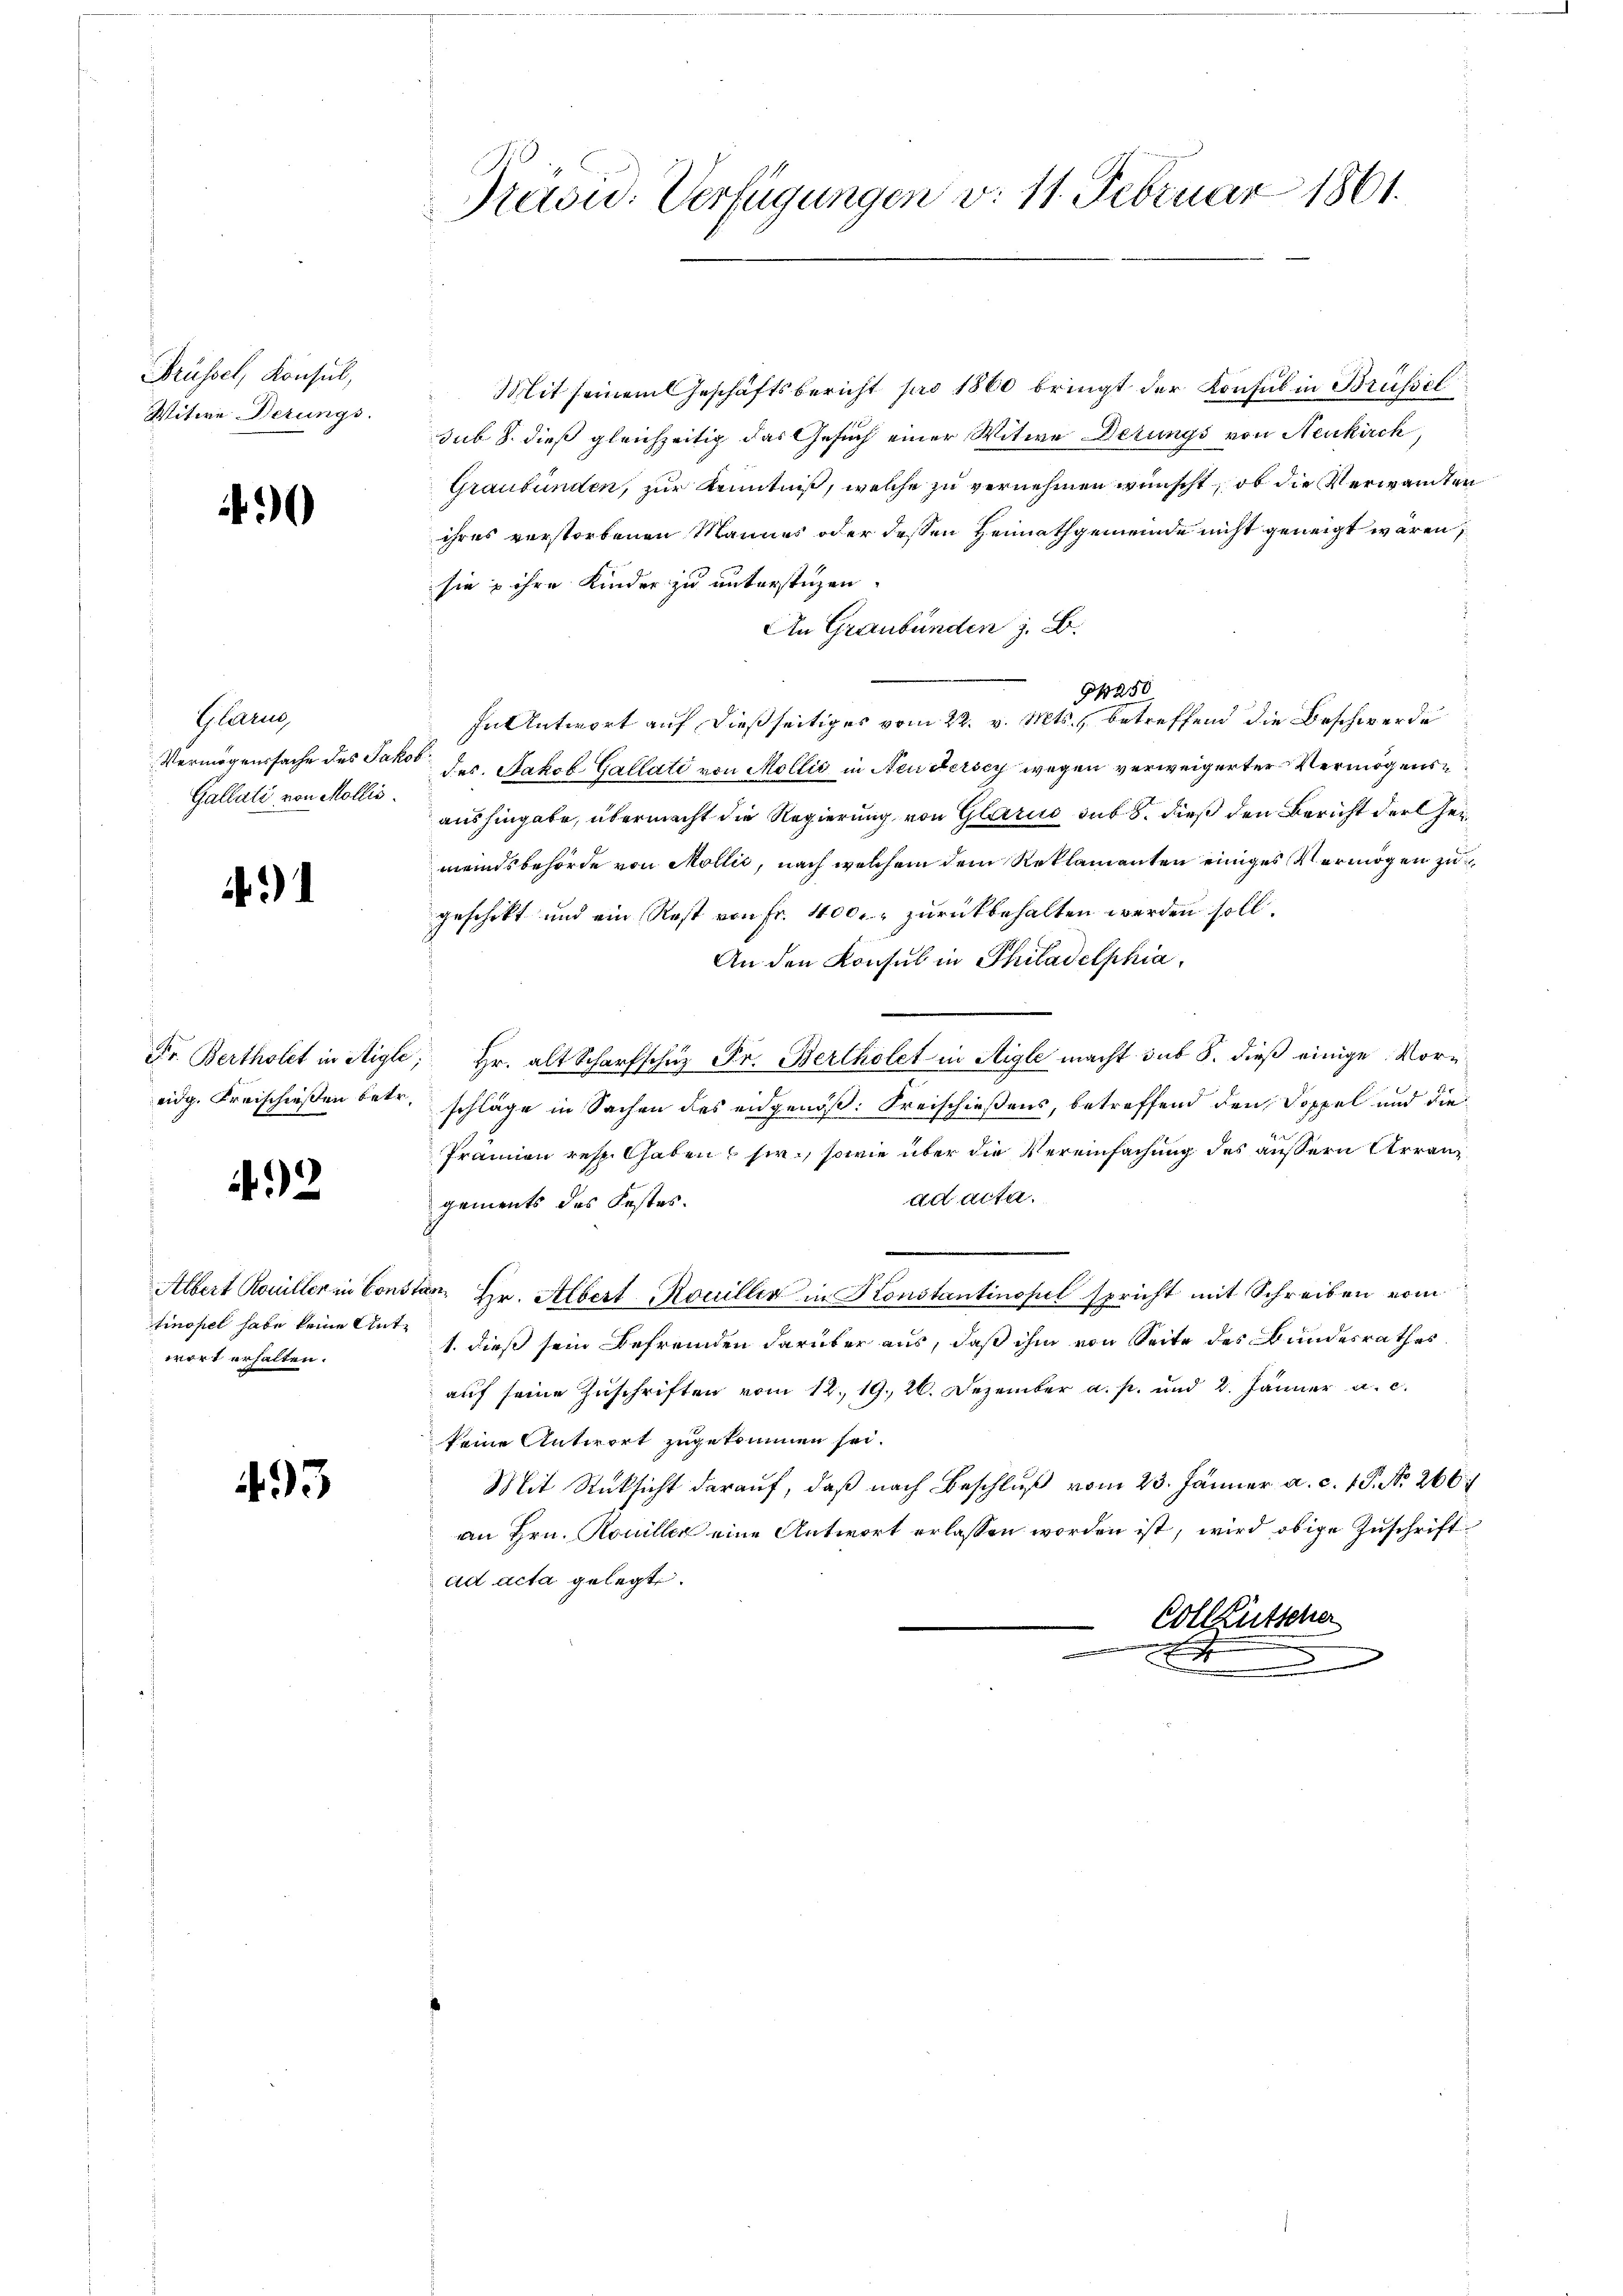
Früssel, Konsul,
Witwe Derungs

4

Glan
Vermögenssache des Jakob
Gallati von Mollis.

3

Fr. Bertholet in Aigle,
eidg. Kreischießen betr.

492

tinopel habe keine Antwort erhalten.

493

Präwid. Verfügungen v. 11. Februar 1861.

Mit seinem Geschäftsbericht pro 1860 bringt der Konsul in Brüssel
sub 8. dieß gleichzeitig das Gesuch einer Witwe Derungs von Neukirch,
Graubünden, zur Kenntniß, welche zu vernehmen wünscht, ob die Verwandten
ihres verstorbenen Mannes oder dessen Heimathgemeinde nicht geneigt wären,
sie ihre Kinder zu unterstüzen.
An Graubünden z. B.
N 250.
In Antwort auf dießseitiges vom 22. v. Mts., betreffend die Beschwerde
des Jakob Gallati von Mollić in Neudersey wegen verweigerter Vermögense
aushingabe, übermacht die Regierung von Glarus sub 8. dieß den Bericht der Gemeindsbehörde von Mollić, nach welchem dem Reklamanten einiges Vermögen zu
geschikt und ein Rest von Fr. 400. zurückbehalten werden soll.
An den Konsul in Philadelphia
 Hr. alt Scharfschuz Pr. Bertholet in Aigle macht sub S. dieß einige Vorschläge in Sachen des eidgenöß: Kreischießens, betreffend den Doppel und die
Prämien resp. Gaben sie, sowie über die Vereinfachung des aussern Arranz
ad acta.
gements des Festes.
Albert Rouiller in Constan Hr. Albert Rouiller in Konstantinopel spricht mit Schreiben vom
1. dieß sein Befremden darüber aus, daß ihm von Seite des Bundesrathes
auf seine Zuschriften vom 12. 19. 26. Dezember a. p. und 2. Jänner a. c.
keine Antwort zugekommen sei.
Mit Rücksicht darauf, daß nach Beschluß vom 23. Jänner a. c. 18. No. 266
an Hrn. Rouiller eine Antwort erlassen worden ist, wird obige Zuschriftad acta gelegt.
Colleütscher
x
s